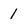
Character: 1